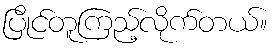
ပြိုင်တူကြည့်လိုက်တယ်။